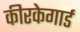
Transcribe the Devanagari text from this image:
कीरकेगार्ड